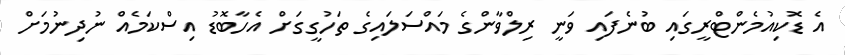
އެ ޑޮކިއުމެންޓްރީގައި ބުނެފައި ވަނީ ރިލްވާންގެ މައްސަލައިގެ ތަހުގީގަށް އެހާބޮޑު އިސްކަމެއް ނުދިނުމަށް